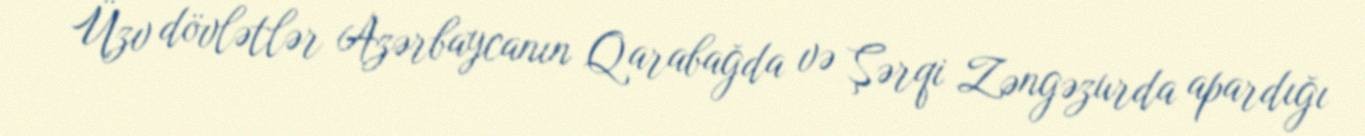
Üzv dövlətlər Azərbaycanın Qarabağda və Şərqi Zəngəzurda apardığı